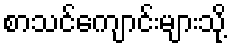
စာသင်ကျောင်းများသို့